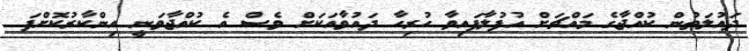
ދައުލަތުން ކުއްޖާގެ މައްޗަށް އުފުލާފައިވާ ހުރިހާ ދައުވާއަކަށް ވެސް އެ ކުއްޖާވަނީ އިންކާރުކޮށްފަ